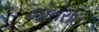
જોતરાઇ